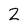
Character: 2